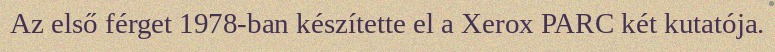
Az első férget 1978-ban készítette el a Xerox PARC két kutatója.